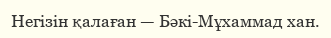
Негізін қалаған — Бәкі-Мұхаммад хан.